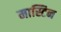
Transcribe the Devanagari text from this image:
मास्टिन